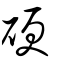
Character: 硬